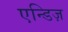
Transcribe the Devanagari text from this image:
एन्डिज़